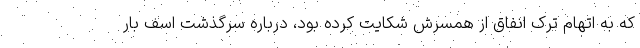
که به اتهام ترک انفاق از همسرش شکایت کرده بود، درباره سرگذشت اسف بار